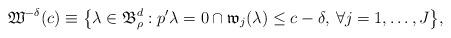
LaTeX: \begin{align*}\mathfrak W^{-\delta}(c)\equiv \big\{ \lambda\in \mathfrak B^d_\rho: p^\prime \lambda =0 &\cap \mathfrak w_j(\lambda)\le c-\delta , \: \forall j=1,\dots,J\big\}, \end{align*}